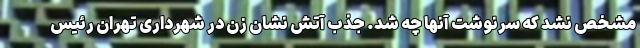
مشخص نشد که سرنوشت آنها چه شد. جذب آتش نشان زن در شهرداری تهران رئیس